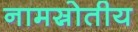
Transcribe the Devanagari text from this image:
नामस्रोतीय